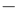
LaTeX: ^-